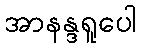
အာနန္ဒရူပေါ